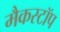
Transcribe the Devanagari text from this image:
मैकस्टॉप